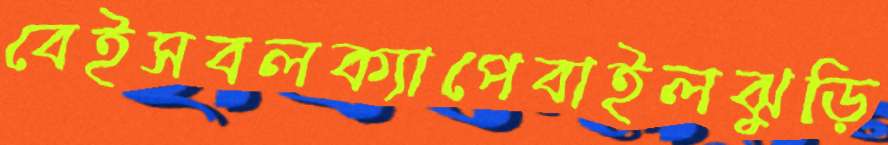
বেইসবলক্যাপেবাইলঝুড়ি